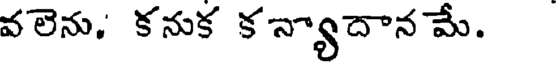
వలెను, కనుక కన్యాదాన మే.